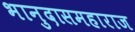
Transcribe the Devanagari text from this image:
भानुदासमहाराज